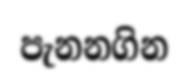
පැනනගින